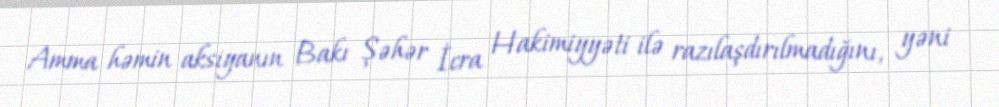
Amma həmin aksiyanın Bakı Şəhər İcra Hakimiyyəti ilə razılaşdırılmadığını, yəni